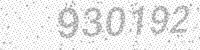
Solution: 930192